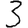
Digit: 3